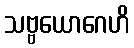
သဗ္ဗယောဂေဟိ